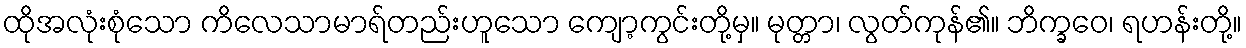
ထိုအလုံးစုံသော ကိလေသာမာရ်တည်းဟူသော ကျော့ကွင်းတို့မှ။ မုတ္တာ၊ လွတ်ကုန်၏။ ဘိက္ခဝေ၊ ရဟန်းတို့။